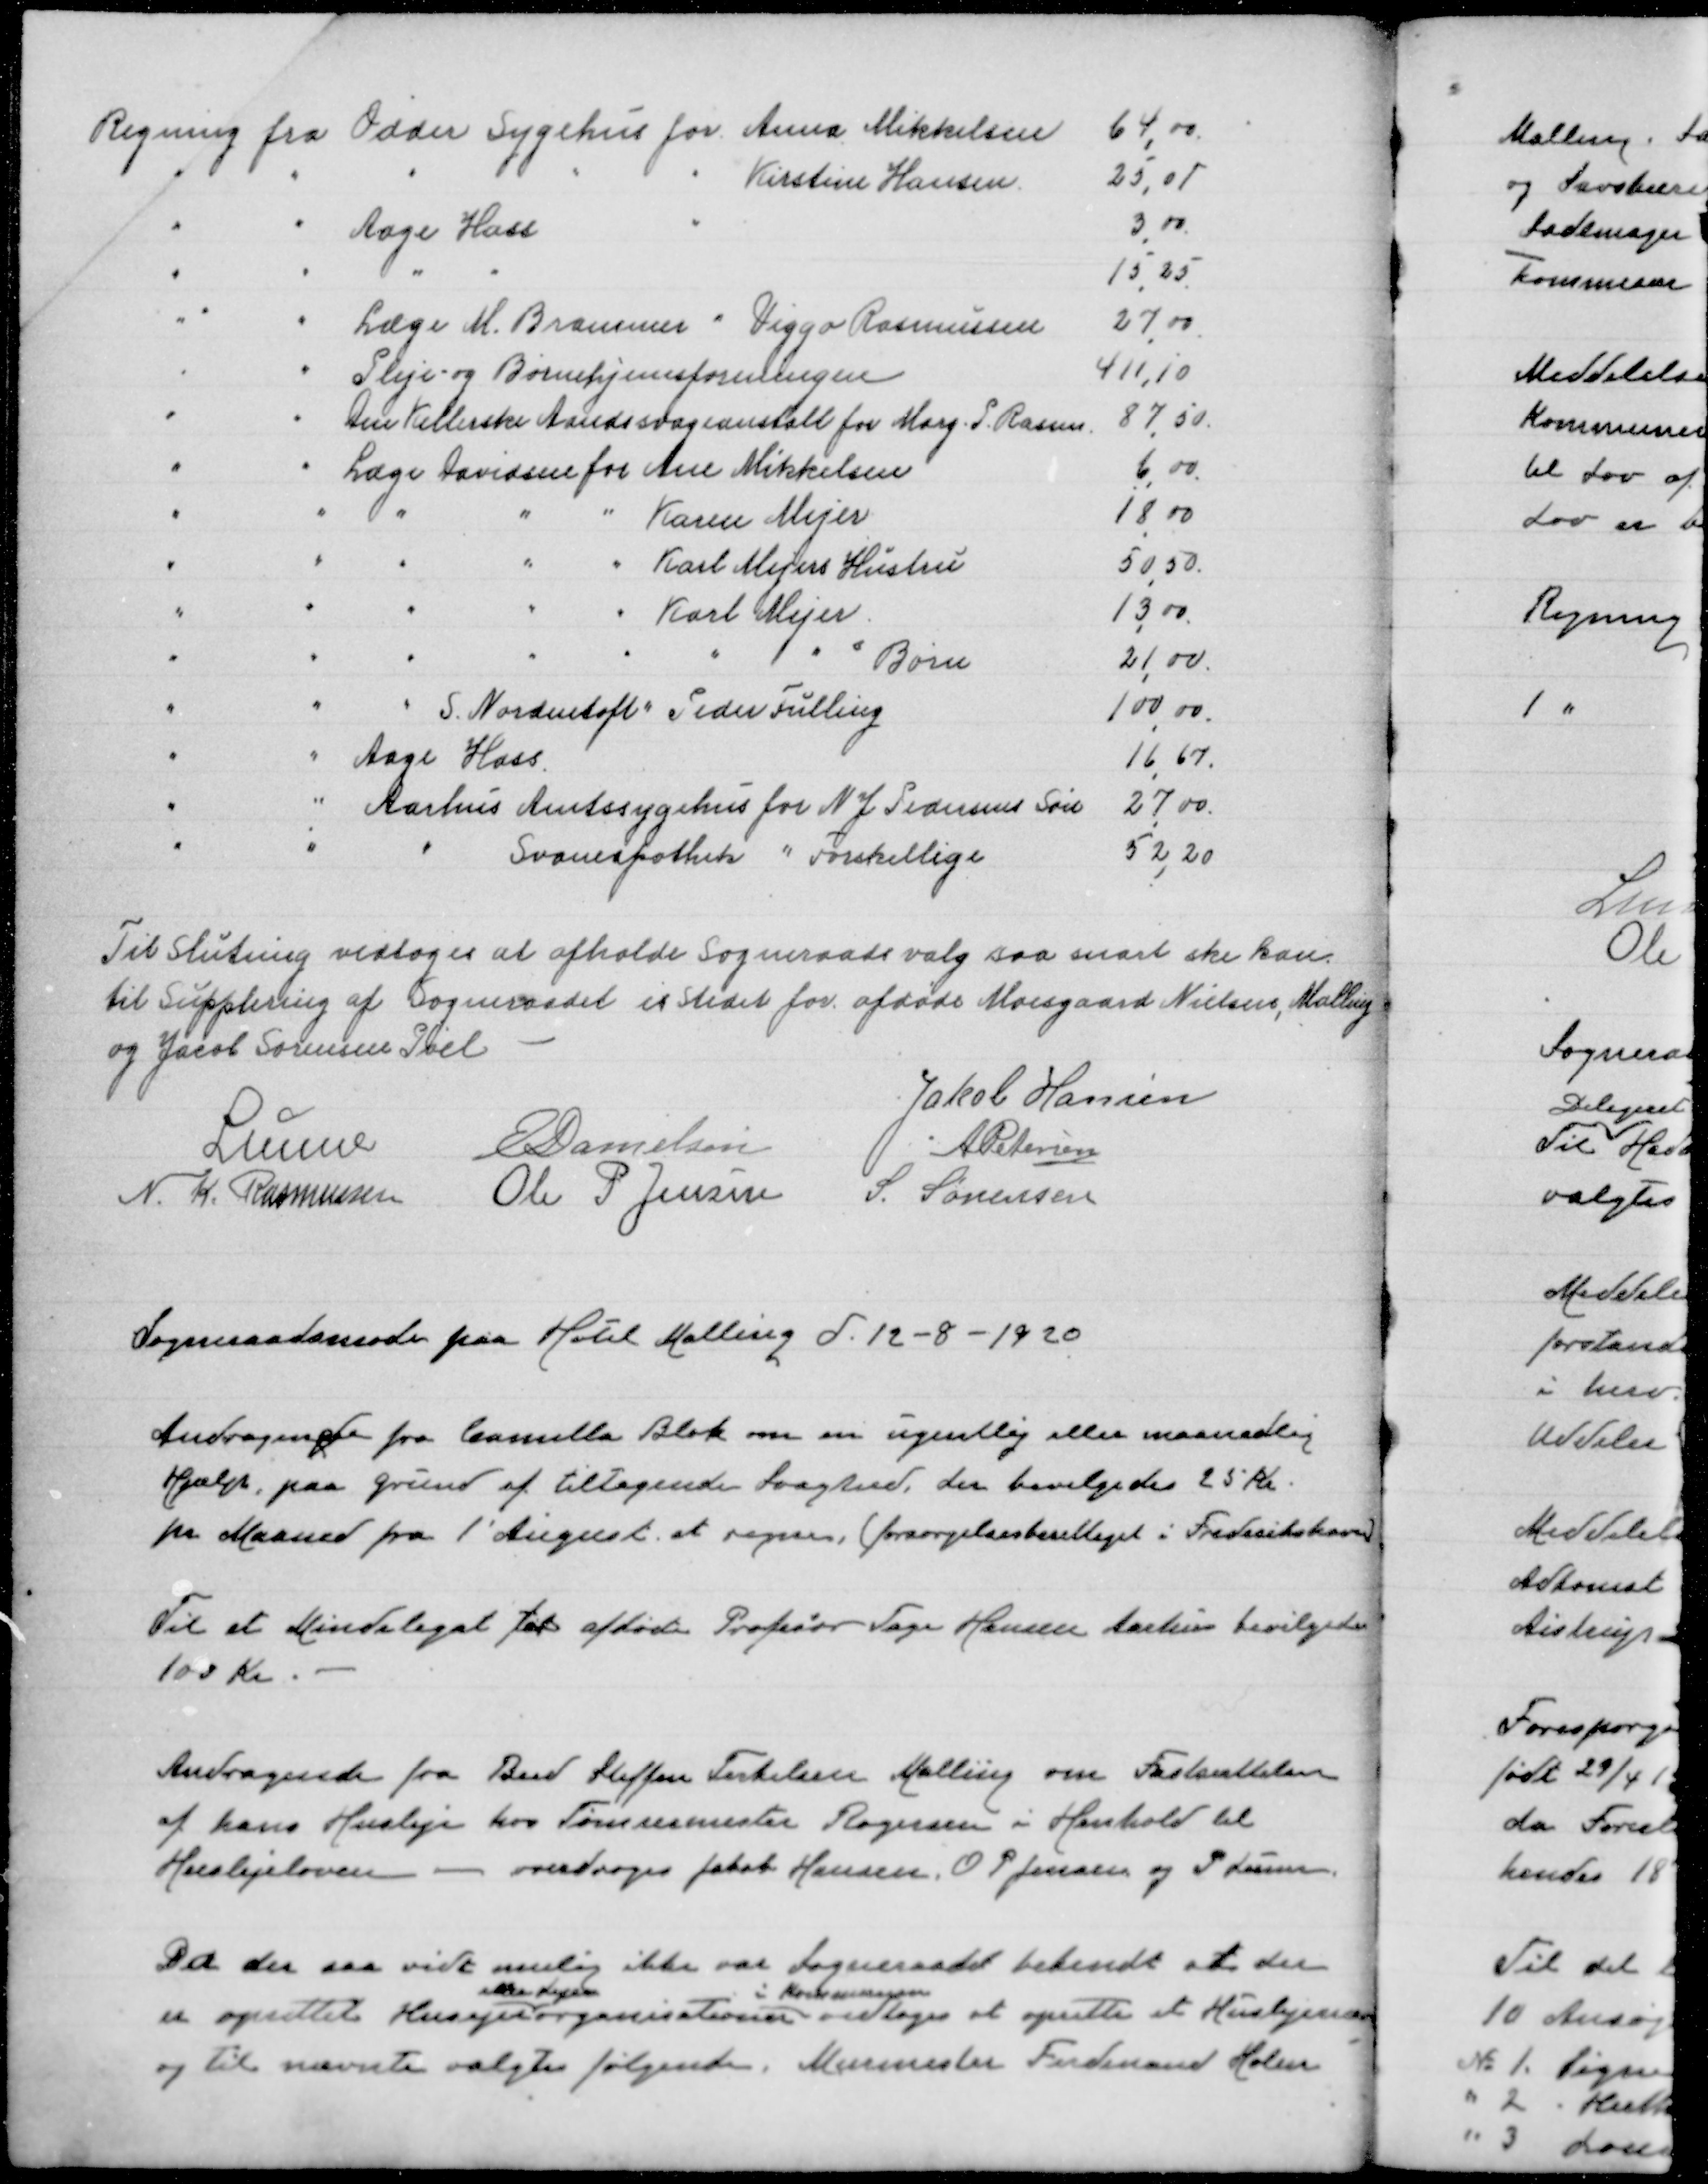
Transskription:
Til slutning vedtoges at afholde Sogneraadsvalg saa snart ske kan
til Supplering af Sogneraadet is stedet for afdøde Moesgaard Nielsen, Malling
og Jacob Sørensen Pøel
Jakob Hansen
Lunn
E Danielsen
A Petersen
N. K. Rasmussen
Ole P. Jensen
S. Sørensen

Sogneraadsmøde paa Hotel Malling d. 12-8-1920

Andragende fra Camilla Blok om en ugentlig eller maanedlig
Hjælp paa grund af tiltagende svaghed, der bevilgedes 25 Kr.
pr Maaned fra 1' August at regne, (forsørgelsesberettiget i Frederikshavn)

Til et Mindelegat for afdøde Profesor Tage Hansen Aarhus bevilgedes
100 Kr.

Andragende fra Bud Steffen Terkilsen Malling om Fastsættelsen
af hans Husleje hos Tømrermester Rogersen i Henhold til
Huslejeloven - overdroges Jakob Hansen, O P Jensen og P Lunn

Da der saa vidt mulig ikke var Sogneraadet bekendt at der
er oprettet Husejer

organisationer
i Kommunen
vedtoges at oprette et Huslejenævn
og til nævnte valgtes følgende. Murermester Findmand Holm